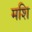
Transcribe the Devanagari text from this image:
मशि